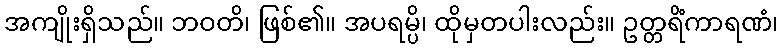
အကျိုးရှိသည်။ ဘဝတိ၊ ဖြစ်၏။ အပရမ္ပိ၊ ထိုမှတပါးလည်း။ ဥတ္တရိံကာရဏံ၊